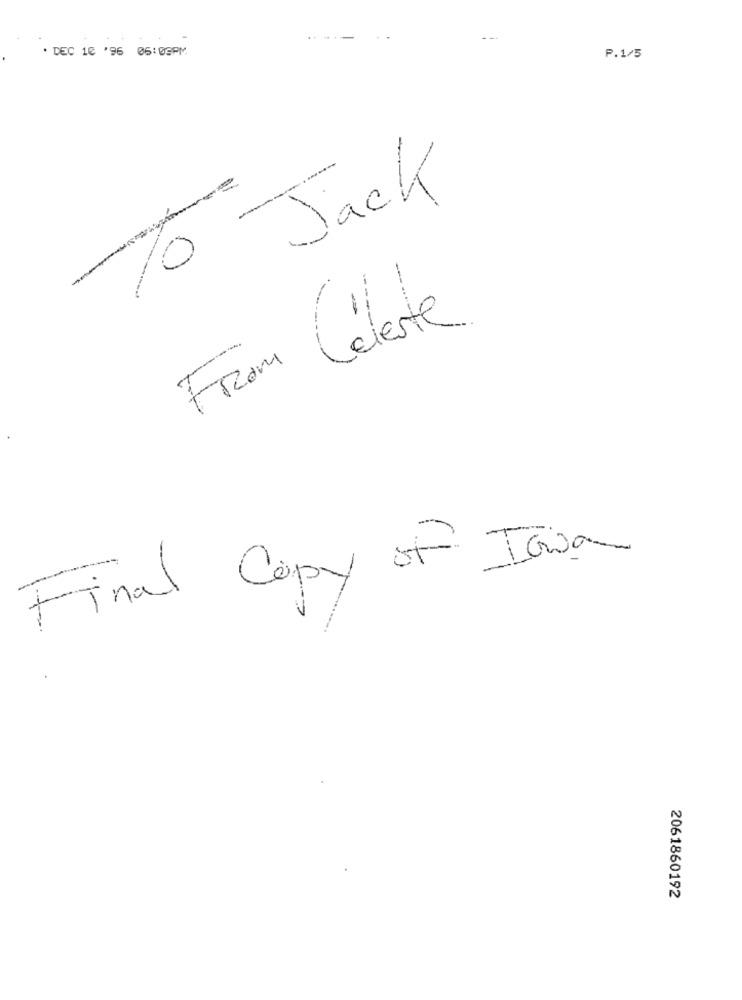
· DEC 10 '96 06:03PM
P.1/5
Jack
From Céleste
Final Copy of Ician
2061860192